Indian journal of veterinary science and animal husbandry - Volume 2,
Year: 1932
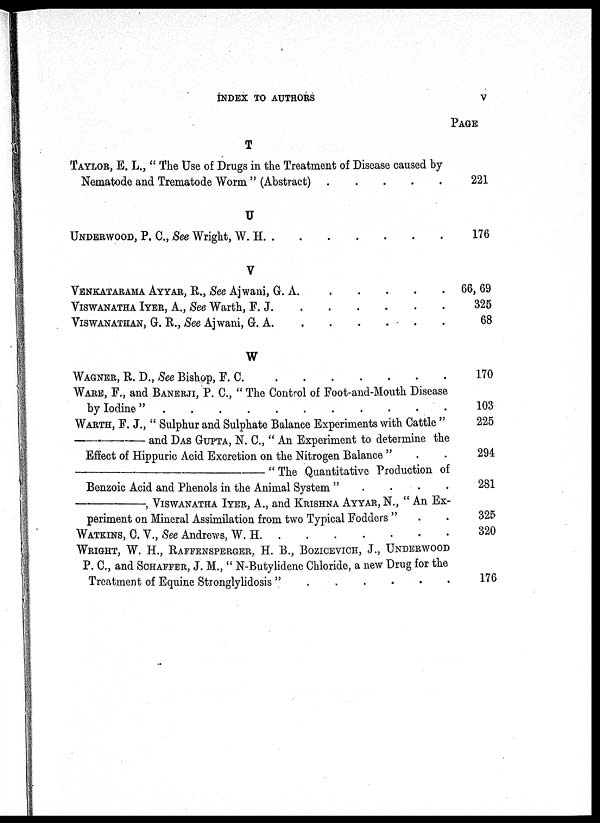
INDEX TO AUTHORS
V
T
TAYLOR, E. L., " The Use of Drugs in the Treatment of Disease caused by
Nematode and Trematode Worm " (Abstract) . . . . . . . .
U
UNDERWOOD, P. C., See Wright, W. H. . . . . . . . .
V
VENKATARAMA AYYAR, R., See Ajwani, G. A. . . . . . . . .
VISWANATHA IYER, A., See Warth, F. J. . . . . . . . .
VISWANATHAN, G. R., See Ajwani, G. A. . . . . . . . .
W
WAGNER, R. D., See Bishop, F. C. . . . . . . . .
WARE, F., and BANERJI, P. C., " The Control of Foot-and-Mouth Disease
by Iodine "
.
.
.
.
.
.
.
.
WARTH, F. J., " Sulphur and Sulphate Balance Experiments with Cattle "
—and
DAS
GUPTA,
N. C., " An Experiment to determine the
Effect of Hippuric Acid Excretion on the Nitrogen Balance " . .
—"The Quantitative Production of
Benzoic Acid and Phenols in the Animal System " . . . . . . . .
—, VISWANATHA IYER,
A., and KRISHNA AYYAR, N., " An Ex-
periment on Mineral Assimilation from two Typical Fodders " . .
WATKINS, C. V., See Andrews, W. H.
.
.
.
.
.
.
.
.
WRIGHT, W. H., RAFFENSPERGER, H. B., BOZICEVICH, J., UNDERWOOD
P. C., and SCHAFFER, J. M., " N-Butylidene Chloride, a new Drug for the
Treatment of Equine Stronglylidosis " . . . . . . . .
PAGE
221
176
66,69
325
68
170
103
225
294
281
325
320
176